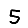
Digit: 5